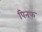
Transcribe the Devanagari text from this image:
पिनफ